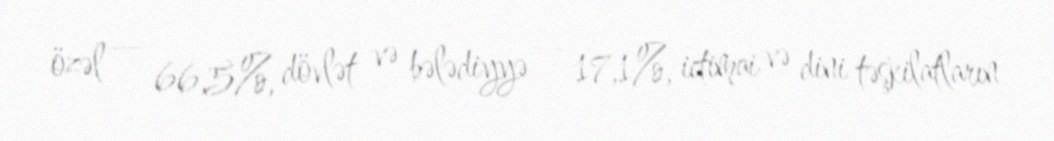
özəl — 66,5%, dövlət və bələdiyyə — 17,1%, ictimai və dini təşkilatların